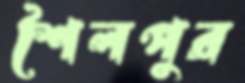
শৈলপুর